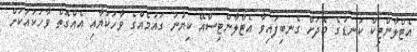
އެޓްލާންޓިކް ކަނޑުގެ މެދަށް ގެނބިފައިވާ އެޓްލާންޓިސްއޭ ކިޔުނު ގައުމެއްގެ ވާހަކަޔާއި އެއްގޮތް ވާހަކައަކަށް